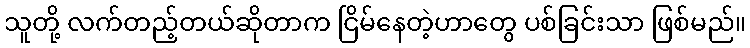
သူတို့ လက်တည့်တယ်ဆိုတာက ငြိမ်နေတဲ့ဟာတွေ ပစ်ခြင်းသာ ဖြစ်မည်။